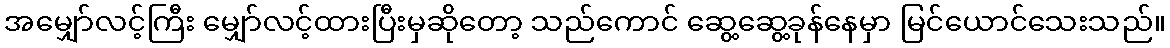
အမျှော်လင့်ကြီး မျှော်လင့်ထားပြီးမှဆိုတော့ သည်ကောင် ဆွေ့ဆွေ့ခုန်နေမှာ မြင်ယောင်သေးသည်။